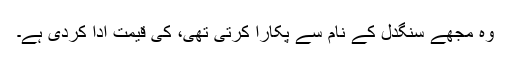
وہ مجھے سنگدل کے نام سے پکارا کرتی تھی، کی قیمت ادا کردی ہے۔